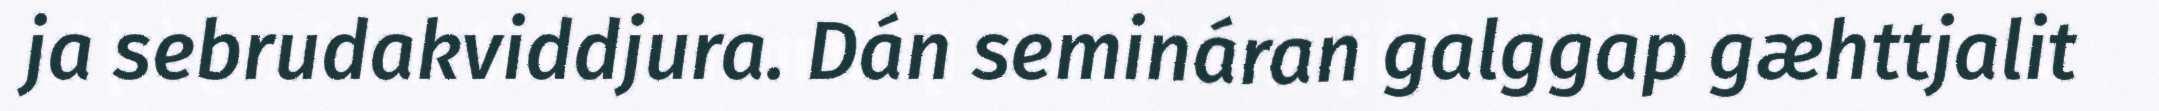
ja sebrudakviddjura. Dán semináran galggap gæhttjalit